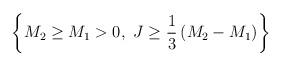
LaTeX: \begin{align*}\left\{M_2\ge M_1>0,~J\ge {1\over 3}\left(M_2-M_1\right)\right\}\end{align*}